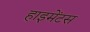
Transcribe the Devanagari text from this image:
हाइमेंटस